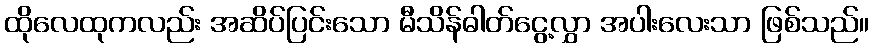
ထိုလေထုကလည်း အဆိပ်ပြင်းသော မီသိန်ဓါတ်ငွေ့လွှာ အပါးလေးသာ ဖြစ်သည်။